Lunatic asylums United Provinces 1899-1908 - 1899-1908
Year: 1899
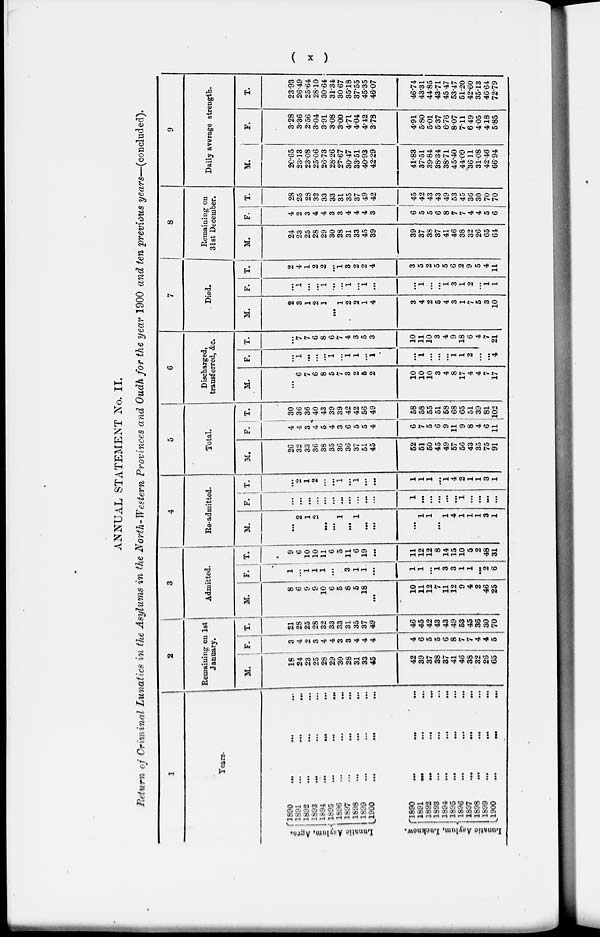
( x )
ANNUAL STATEMENT No. II.
Return of Criminal Lunatics in the Asylums in the North-Western Provinces and Oudh for the year 1900 and ten previous years—(concluded).
1
Years.
Lunatic Asylum, Agra.
Lunatic Asylum, Lucknow.
1890 … … …
1891 … … …
1892 … … …
1893
…
...
...
1894
...
…
...
1895 … … …
1896 … … …
1897...
...
...
1898
...
...
...
1899 … … …
1900
...
... …
1890 … … …
1891 … … …
1892
…
... …
1893
...
...
...
1894
…
…
...
1895 … … …
1896
...
...
...
1897
…
…
...
1898
…
…
...
1899
...
... …
1900
...
... …
2
Remaining on 1st
January.
M.
18
24
23
25
28
29
30
28
31
33
45
42
39
37
38
37
41
46
38
32
26
65
F.
3
4
2
3
4
4
3
3
4
4
4
4
6
5
5
6
8
7
7
4
4
5
T.
21
28
25
28
32
33
33
31
35
37
49
46
45
42
43
43
49
53
45
36
30
70
3
Admitted.
M.
8
6
9
9
10
6
5
8
5
18
…
10
11
12
7
11
12
9
4
2
46
25
F.
1
...
1
1
1
…
.
3
1
1
…
1
1
…
1
3
3
1
1
…
2
6
T.
9
6
10
10
11
6
5
11
6
19
…
11
12
12
8
14
15
10
5
2
48
31
4
Re-admitted.
M.
…
2
1
2
…
...
1
…
1
…
...
...
1
1
...
1
4
1
1
1
3
1
F.
...
...
...
...
...
...
...
...
...
...
…
1
...
…
...
...
…
1
...
...
…
...
T.
...
2
1
2
…
…
1
...
1
...
...
1
1
1
…
1
4
2
1
1
3
1
5
Total.
M.
26
32
33
36
38
35
36
36
37
51
45
52
51
50
45
49
57
56
43
35
75
91
F.
4
4
3
4
5
4
3
6
5
5
4
6
7
5
6
9
11
9
8
4
6
11
T.
30
36
36
40
43
39
39
42
42
56
49
58
58
55
51
58
68
65
51
39
81
102
6
Discharged,
transferred, &c.
M.
...
6
7
6
8
5
7
3
2
5
2
10
10
10
3
4
8
17
4
4
7
17
F.
…
1
…
...
...
1
...
1
1
...
1
...
1
...
...
...
1
1
2
...
...
4
T.
…
7
7
6
8
6
7
4
3
5
3
10
11
10
3
4
9
18
6
4
7
21
7
Died.
M.
2
3
1
2
1
…
1
2
2
1
4
3
4
2
5
4
3
1
7
5
3
10
F.
…
1
...
...
1
…
…
1
...
1
...
...
1
…
…
1
3
1
2
...
1
1
T.
2
4
1
2
2
…
1
3
2
2
4
3
5
2
5
5
6
2
9
5
4
11
8
Remaining on
31st December.
M.
24
23
25
28
29
30
28
31
33
45
39
39
37
38
37
41
46
38
32
26
65
64
F.
4
2
3
4
4
3
3
4
4
4
3
6
5
5
6
8
7
7
4
4
5
6
T.
28
25
28
32
33
33
31
35
37
49
42
45
42
43
43
49
53
45
36
30
70
70
9
Daily average strength.
M.
20.65
23.13
23.08
25.06
26.73
28.26
27.67
30.47
33.51
40.93
42.29
41.83
37.51
39.84
38.34
38.71
45.40
44.09
36.11
31.08
42.46
66.94
F.
3.28
3.36
2.56
3.04
3.91
3.08
3.00
4.71
4.04
4.42
3.78
4.91
5.80
5.01
5.37
6.76
8.07
7.11
6 49
4.05
4.18
5.85
T.
23.93
26.49
25.64
28.10
30.64
31.34
30.67
35.18
37.55
45.35
46.07
46.74
43.31
44.85
43.71
45.47
53.47
51.20
42.60
35.13
46.64
72.79